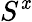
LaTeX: S^{\mathit{x}}